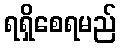
ရရှိစေရမည်